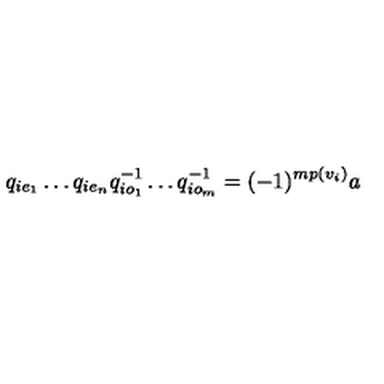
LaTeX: q _ { i e _ { 1 } } \dots q _ { i e _ { n } } q _ { i o _ { 1 } } ^ { - 1 } \dots q _ { i o _ { m } } ^ { - 1 } = ( - 1 ) ^ { m p ( v _ { i } ) } a